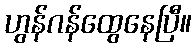
ဟွန်ဂန်ထွေနေပြီ။